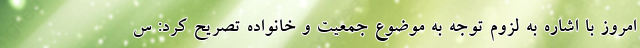
امروز با اشاره به لزوم توجه به موضوع جمعیت و خانواده تصریح کرد: س